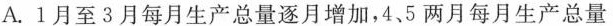
A.1月至3月每月生产总量逐月增加，4、5两月每月生产总量